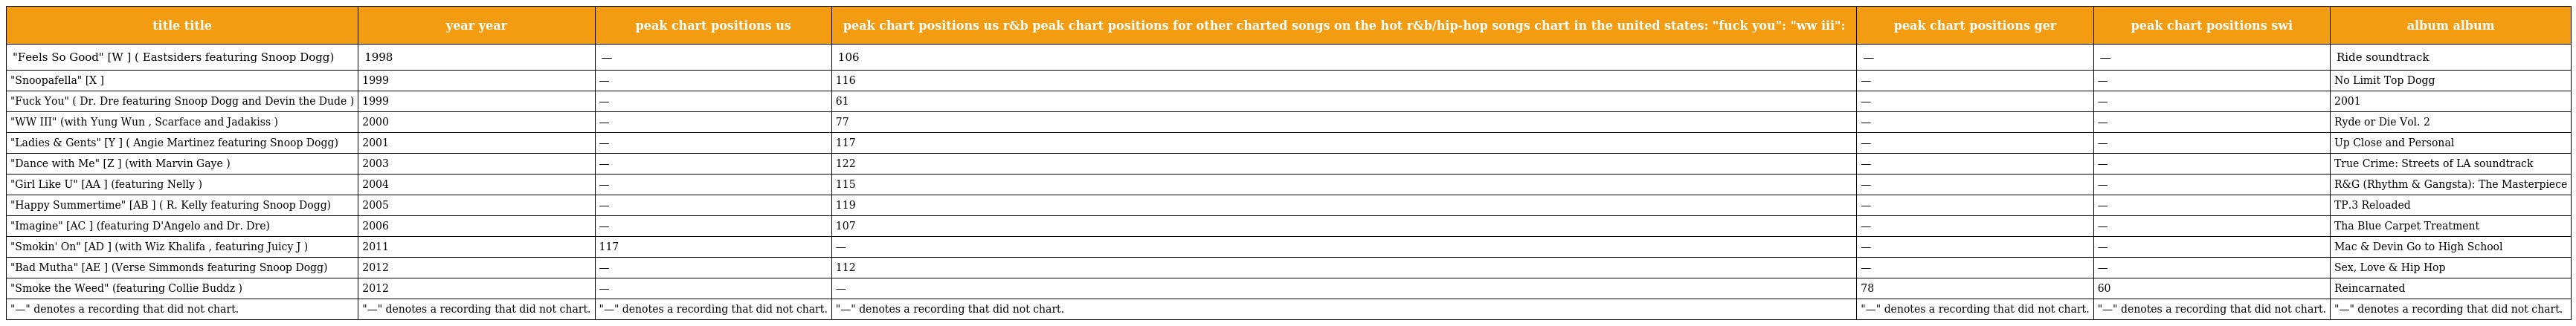
| title title | year year | peak chart positions us | peak chart positions us r&b peak chart positions for other charted songs on the hot r&b/hip-hop songs chart in the united states: "fuck you": "ww iii": | peak chart positions ger | peak chart positions swi | album album |
 | --- | --- | --- | --- | --- | --- | --- |
 | "Feels So Good" [W ] ( Eastsiders featuring Snoop Dogg) | 1998 | — | 106 | — | — | Ride soundtrack |
 | "Snoopafella" [X ] | 1999 | — | 116 | — | — | No Limit Top Dogg |
 | "Fuck You" ( Dr. Dre featuring Snoop Dogg and Devin the Dude ) | 1999 | — | 61 | — | — | 2001 |
 | "WW III" (with Yung Wun , Scarface and Jadakiss ) | 2000 | — | 77 | — | — | Ryde or Die Vol. 2 |
 | "Ladies & Gents" [Y ] ( Angie Martinez featuring Snoop Dogg) | 2001 | — | 117 | — | — | Up Close and Personal |
 | "Dance with Me" [Z ] (with Marvin Gaye ) | 2003 | — | 122 | — | — | True Crime: Streets of LA soundtrack |
 | "Girl Like U" [AA ] (featuring Nelly ) | 2004 | — | 115 | — | — | R&G (Rhythm & Gangsta): The Masterpiece |
 | "Happy Summertime" [AB ] ( R. Kelly featuring Snoop Dogg) | 2005 | — | 119 | — | — | TP.3 Reloaded |
 | "Imagine" [AC ] (featuring D'Angelo and Dr. Dre) | 2006 | — | 107 | — | — | Tha Blue Carpet Treatment |
 | "Smokin' On" [AD ] (with Wiz Khalifa , featuring Juicy J ) | 2011 | 117 | — | — | — | Mac & Devin Go to High School |
 | "Bad Mutha" [AE ] (Verse Simmonds featuring Snoop Dogg) | 2012 | — | 112 | — | — | Sex, Love & Hip Hop |
 | "Smoke the Weed" (featuring Collie Buddz ) | 2012 | — | — | 78 | 60 | Reincarnated |
 | "—" denotes a recording that did not chart. | "—" denotes a recording that did not chart. | "—" denotes a recording that did not chart. | "—" denotes a recording that did not chart. | "—" denotes a recording that did not chart. | "—" denotes a recording that did not chart. | "—" denotes a recording that did not chart. |